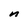
Character: n